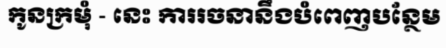
កូនក្រមុំ - នេះ ការរចនានឹងបំពេញបន្ថែម